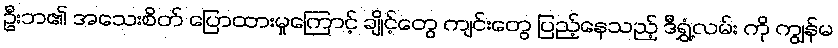
ဦးဘ၏ အသေးစိတ် ပြောထားမှုကြောင့် ချိုင့်တွေ ကျင်းတွေ ပြည့်နေသည့် ဒီရွှံ့လမ်း ကို ကျွန်မ